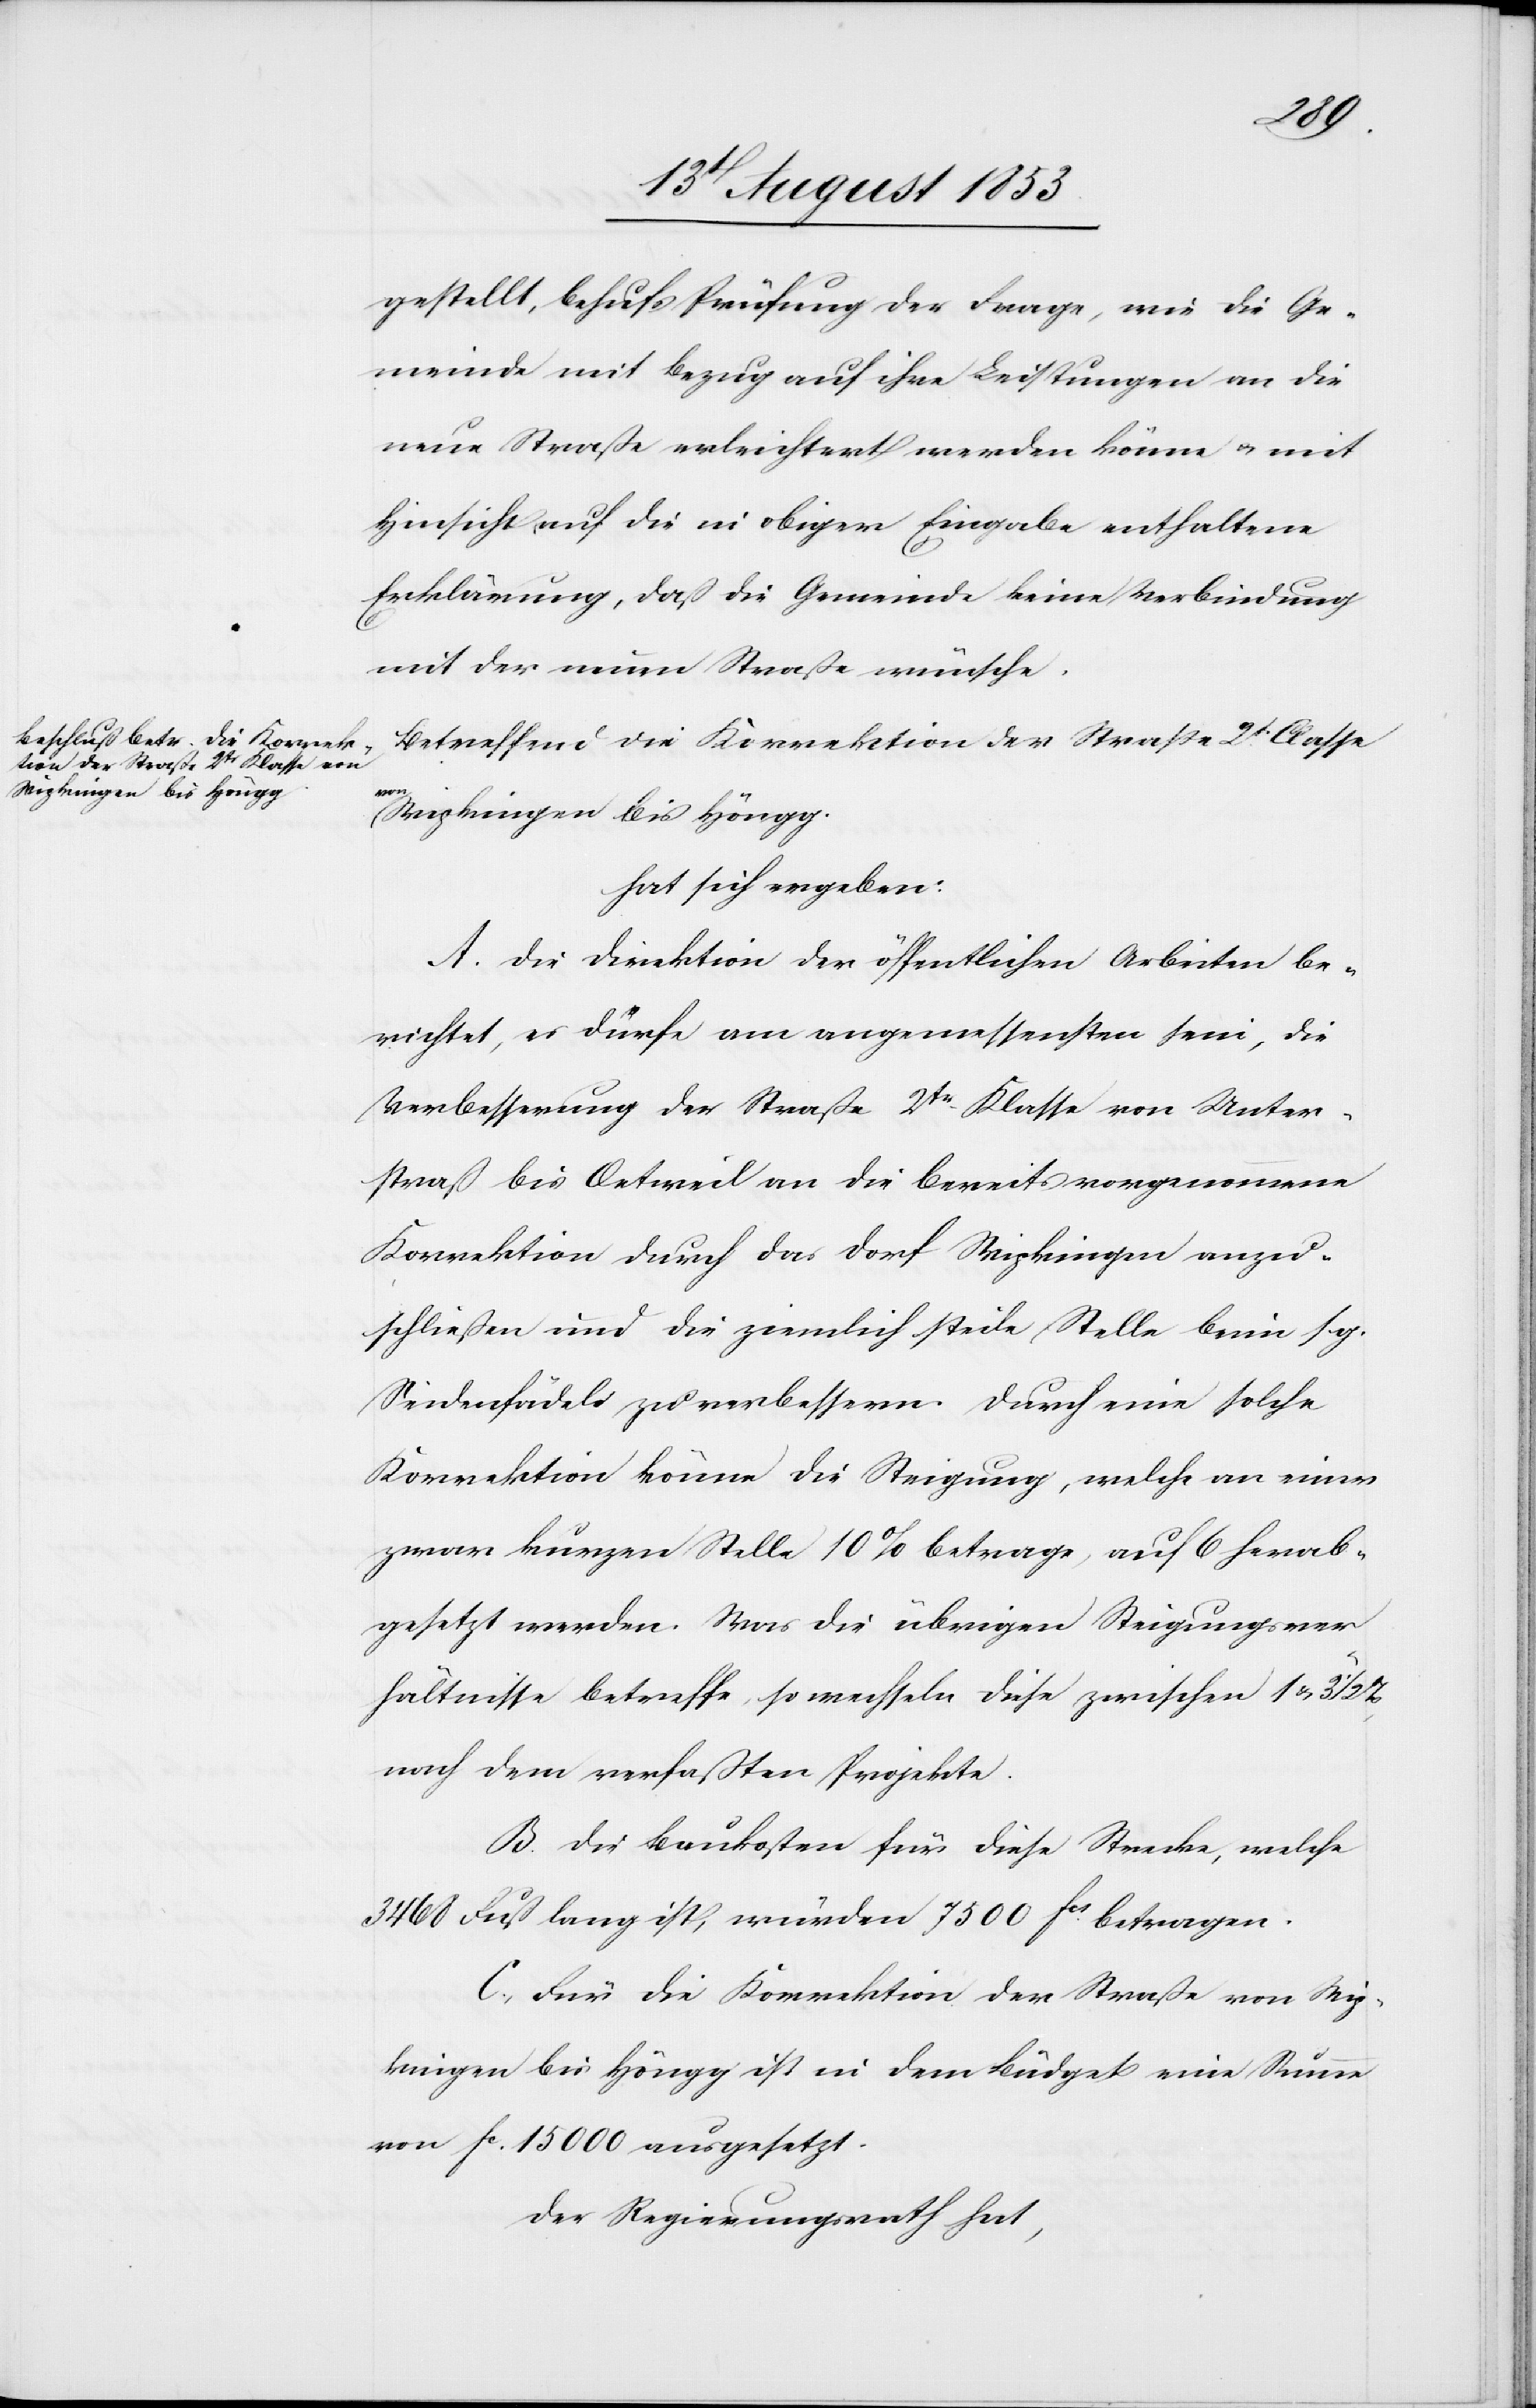
Wipkingen bis Höngg.

gestellt, behufs Prüfung der Frage, wie die Ge¬
meinde mit Bezug auf ihre Leistungen an die
neue Straße erleichtert werden könne u. mit
Hinsicht auf die in obiger Eingabe enthaltene
Erklärung, daß die Gemeinde keine Verbindung
mit der neuen Straße wünsche.
Betreffend die Korrektion der Straße 2tr Classe
von
hat sich ergeben:
A. Die Direktion der öffentlichen Arbeiten be¬
richtet, es dürfe am angemessensten sein, die
Verbesserung der Straße 2tr Klasse von Unter¬
straß bis Oetweil an die bereits vorgenommene
Korrektion durch das Dorf Wipkingen anzu¬
schließen und die ziemlich steile Stelle beim sg.
Seidenfädeli zu verbessern. Durch eine solche
Korrektion könne die Steigung, welche an einer
zwar kurzen Stelle 10% betrage, auf 6 herab¬
gesetzt werden. Was die übrigen Steigungsver¬
hältnisse betreffe, so wechseln diese zwischen 1 u. 3
nach dem verfaßten Projekte.
B. Die Baukosten für diese Strecke, welche
3468 Fuß lang ist, würden 7500 fcs betragen.
C, Für die Korrektion der Straße von Wip¬
kingen bei Höngg ist in dem Büdget eine Summe
von fc 15 000 ausgesetzt.
Der Regierungsrath hat,